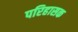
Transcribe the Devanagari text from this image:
परिहासक